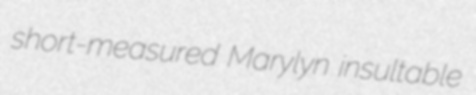
short-measured Marylyn insultable